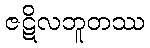
ဇဋိလဘူတဿ